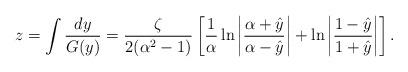
LaTeX: \begin{align*}z = \int \frac{dy}{G(y)} = \frac{\zeta}{2(\alpha^2-1)} \left[ \frac{1}{\alpha} \ln \left| \frac{\alpha + \hat{y}}{\alpha - \hat{y}} \right| + \ln \left| \frac{1-\hat{y}}{1+\hat{y}}\right|\right].\end{align*}